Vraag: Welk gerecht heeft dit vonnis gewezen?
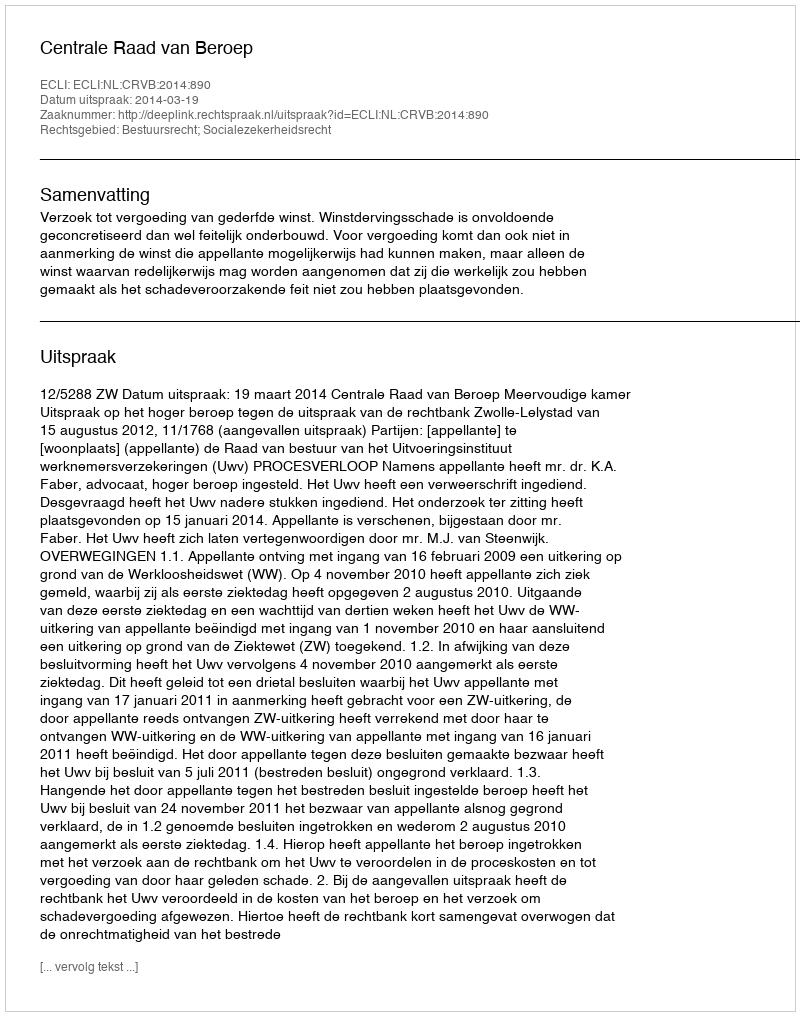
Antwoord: Centrale Raad van Beroep